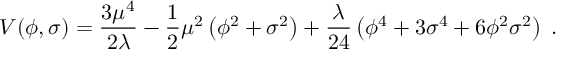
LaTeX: V ( \phi , \sigma ) = \frac { 3 \mu ^ { 4 } } { 2 \lambda } - \frac 1 2 \mu ^ { 2 } \left( \phi ^ { 2 } + \sigma ^ { 2 } \right) + \frac { \lambda } { 2 4 } \left( \phi ^ { 4 } + 3 \sigma ^ { 4 } + 6 \phi ^ { 2 } \sigma ^ { 2 } \right) \; .